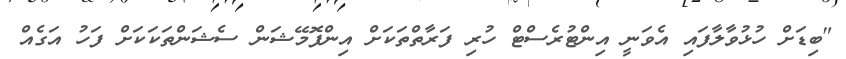
"ބިޑަށް ހުޅުވާލާފައި އެވަނީ އިންޓުރެސްޓް ހުރި ފަރާތްތަކަށް އިންފޮމޭޝަން ސެޝަންތަކަކަށް ފަހު އަގެއް